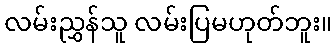
လမ်းညွှန်သူ လမ်းပြမဟုတ်ဘူး။